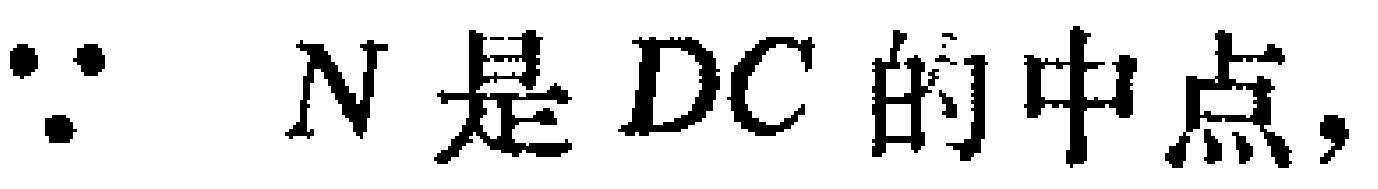
$\because N是DC的中点,$